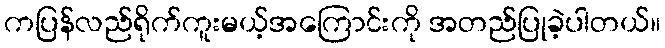
ကပြန်လည်ရိုက်ကူးမယ့်အကြောင်းကို အတည်ပြုခဲ့ပါတယ်။